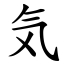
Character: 気